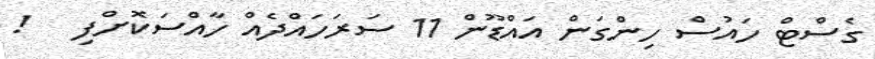
ގެސްޓް ހައުސް ހިންގަން އައްޑޫން 11 ސަރަހައްދެއް ހާއްސަކޮށްފި   !